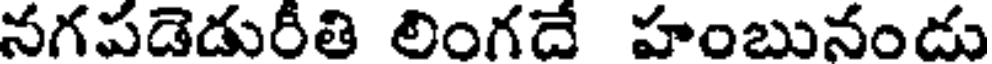
నగపడెడురీతి లింగదే హంబునండు